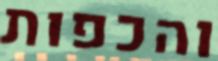
והכפות